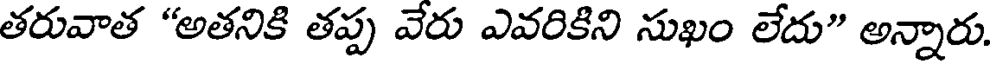
తరువాత "అతనికి తప్ప వేరు ఎవరికిని సుఖం లేదు" అన్నారు.